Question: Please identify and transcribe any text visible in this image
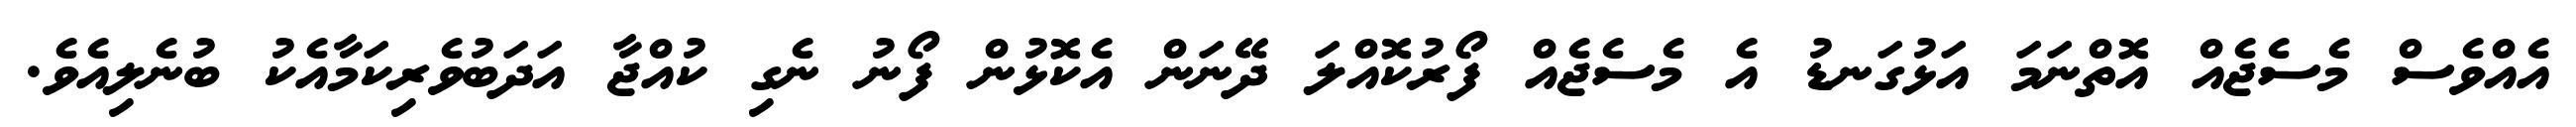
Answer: އެއްވެސް މެސެޖެއް އޮތްނަމަ އަޅުގަނޑު އެ މެސެޖެއް ފޯރުކޮއްލަ ދޭނަން އެކޮޅުން ފޯނު ނެގި ކުއްޖާ އަދަބުވެރިކަމާއެކު ބުނެލިއެވެ.